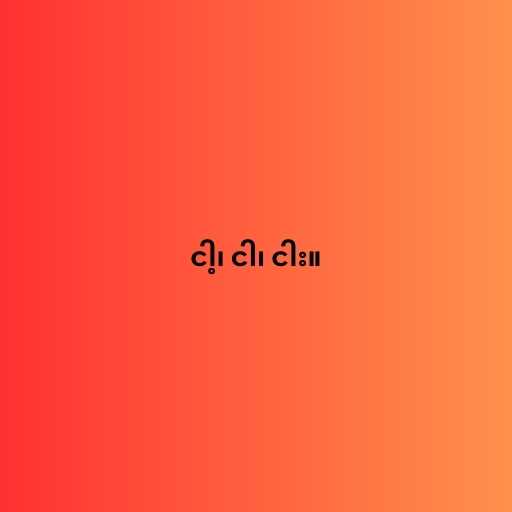
ငါ့၊ ငါ၊ ငါး။